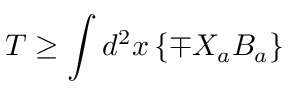
T \geq \int d ^ { 2 } x \left\{ \mp X _ { a } B _ { a } \right\}